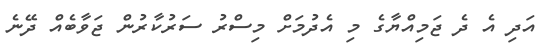
އަދި އެ ދެ ޖަމިއްޔާގެ މި އެދުމަށް މިސްރު ސަރުކާރުން ޖަވާބެއް ދޭނެ